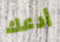
أدعك